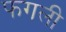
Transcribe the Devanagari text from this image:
फगली